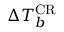
\Delta T _ { b } ^ { \mathrm { C R } }